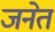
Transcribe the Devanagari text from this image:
जनेत